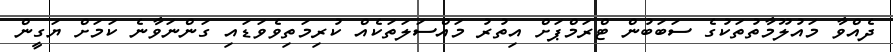
ދެއްވާ މައުލޫމާތުތަކުގެ ސަބަބުން ޓްރަމްޕަށް އިތުރު މައްސަލަތަކެއް ކުރިމަތިވެވަޑައި ގަންނަވާނެ ކަމަށް ޔަގީން